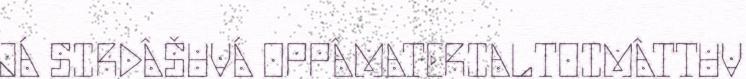
JÁ SIRDÂŠUVÁ OPPÂMATERIALTOIMÂTTUV